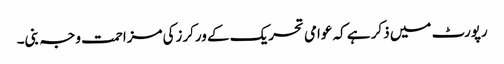
رپورٹ میں ذکر ہے کہ عوامی تحریک کے ورکرزکی مزاحمت وجہ بنی۔